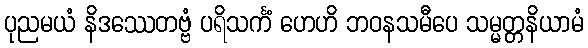
ပုညမယံ နိဒဿေတဗ္ဗံ ပရိသင်္ကံ ဟေဟိ ဘဝနသမီပေ သမ္မတ္တနိယာမံ